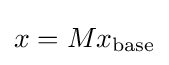
x=Mx_{\mathrm {base} }